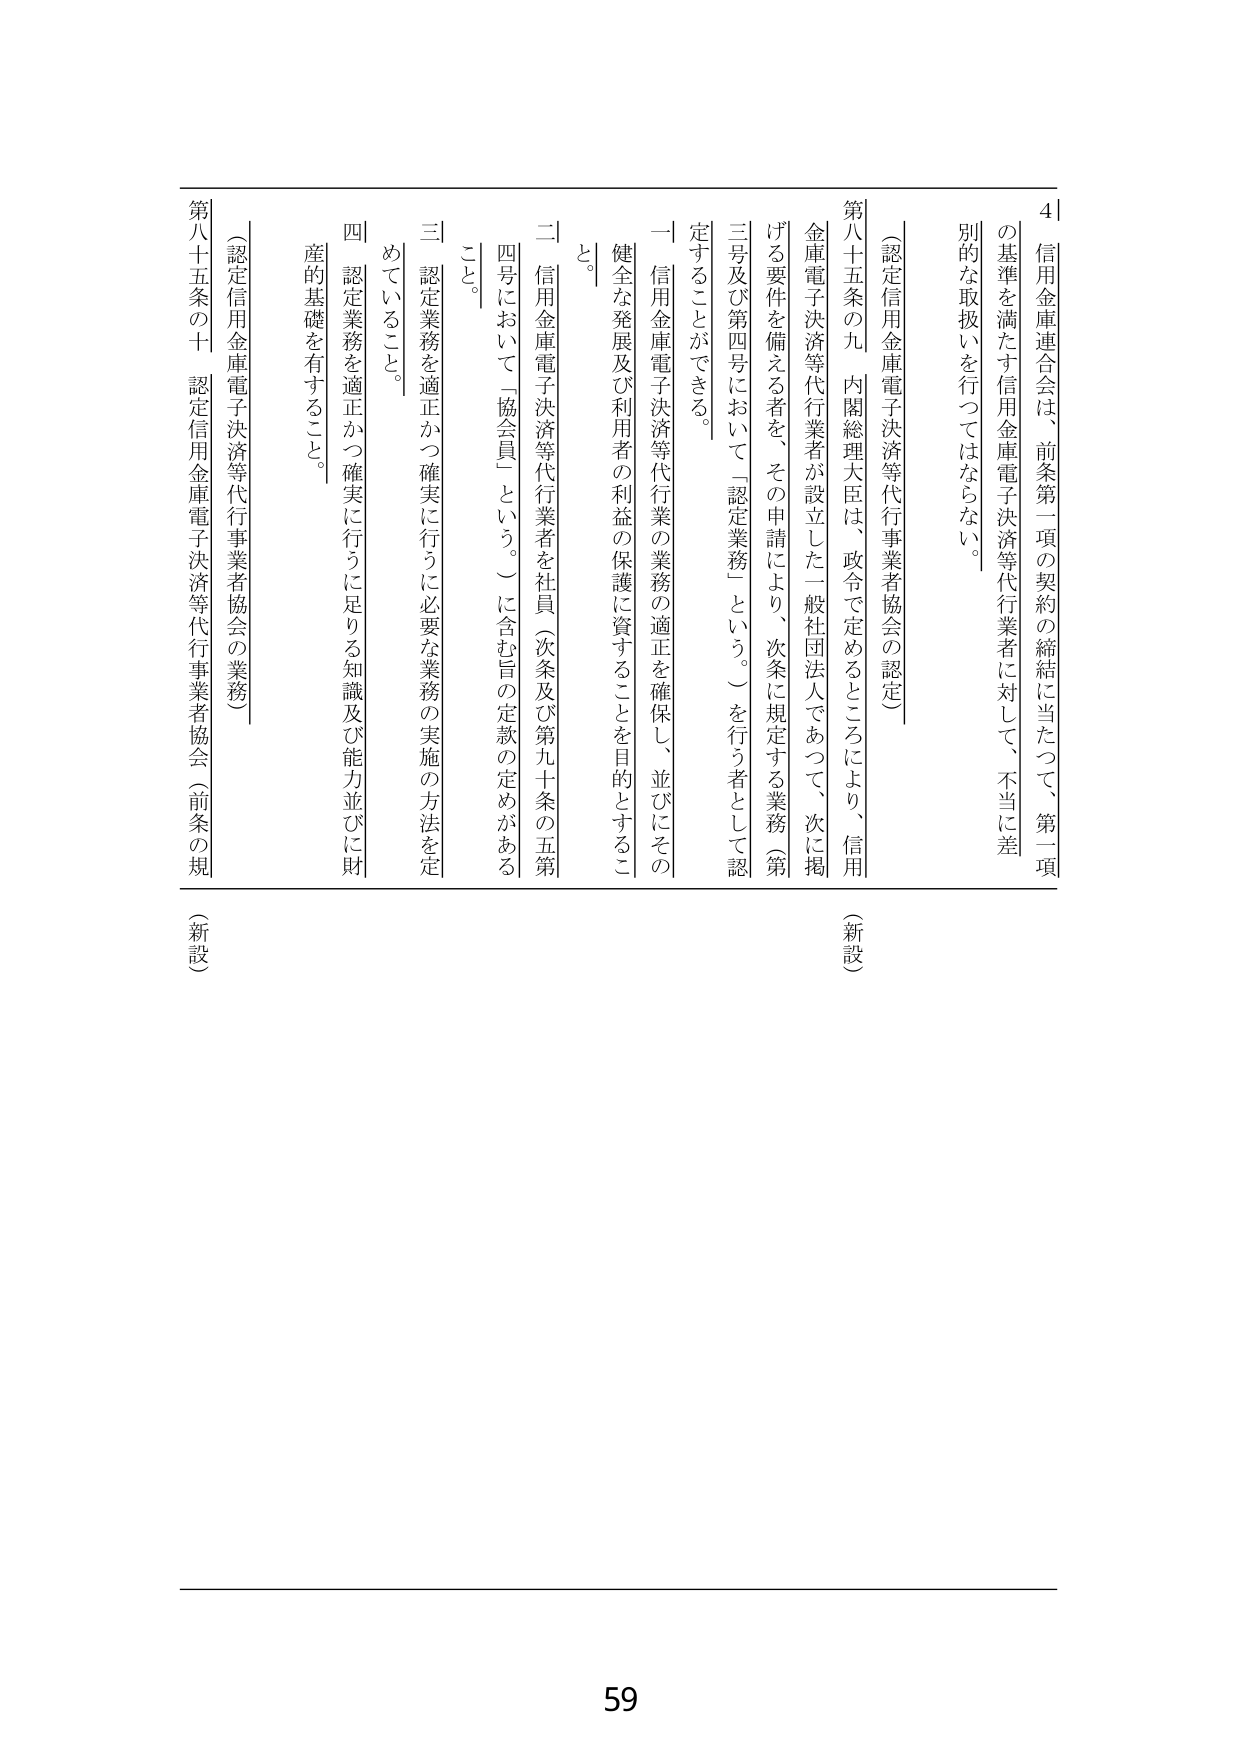
4 信用金庫連合会は、前条第一項の契約の締結に当たって、第一項の基準を満たす信用金庫電子決済等代行業者に対して、不当に差別的な取扱いを行ってはならない。

（認定信用金庫電子決済等代行業者協会の認定）

第八十五条の九 内閣総理大臣は、政令で定めるところにより、信用金庫電子決済等代行業者が設立した一般社団法人であつて、次に掲げる要件を備える者を、その申請により、次条に規定する業務（第三号及び第四号において「認定業務」という。）を行う者として認定することができる。

一 信用金庫電子決済等代行業の業務の適正を確保し、並びにその健全な発展及び利用者の利益の保護に資することを目的とするこ と。

二 信用金庫電子決済等代行業者を社員（次条及び第九十条の五第四号において「協会員」という。）に含む旨の定款の定めがあること。

三 認定業務を適正かつ確実に行うに必要な業務の実施の方法を定めていること。

四 認定業務を適正かつ確実に行うに足りる知識及び能力並びに財産的基礎を有すること。

（認定信用金庫電子決済等代行業者協会の業務）

第八十五条の十 認定信用金庫電子決済等代行業者協会（前条の規

（新設）

（新設）

59